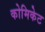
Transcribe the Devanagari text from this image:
कोमिकेट